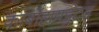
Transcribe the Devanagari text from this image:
कार्बोहायड्रेटस